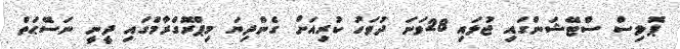
ޕޮލިސް ސްޓޭޝަންގައި ޖުލައި 28ވަނަ ދުވަހު ކުރިއަށް ގެންދިޔަ މިޕްރޮގްރާމްގައި ދީނީ ނަސޭޙަތް